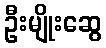
ဦးမျိုးဆွေ